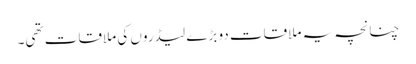
چنانچہ یہ ملاقات دو بڑے لیڈروں کی ملاقات تھی۔